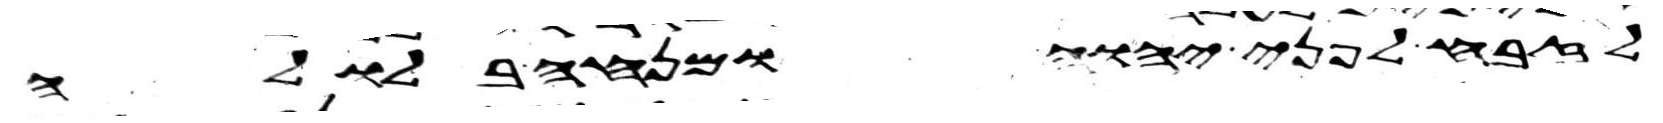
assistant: לזבח לפני יהוה ומנחה בלולה